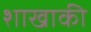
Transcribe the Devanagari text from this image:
शाखाकी